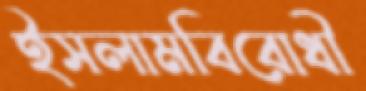
ইসলামবিরোধী